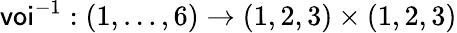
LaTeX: \textsf{voi}^{-1}:(1,\ldots,6)\to(1,2,3)\times(1,2,3)